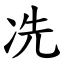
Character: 冼